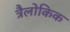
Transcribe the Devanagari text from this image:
त्रैलोकिक